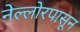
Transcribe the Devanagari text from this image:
नेल्लोरपासून